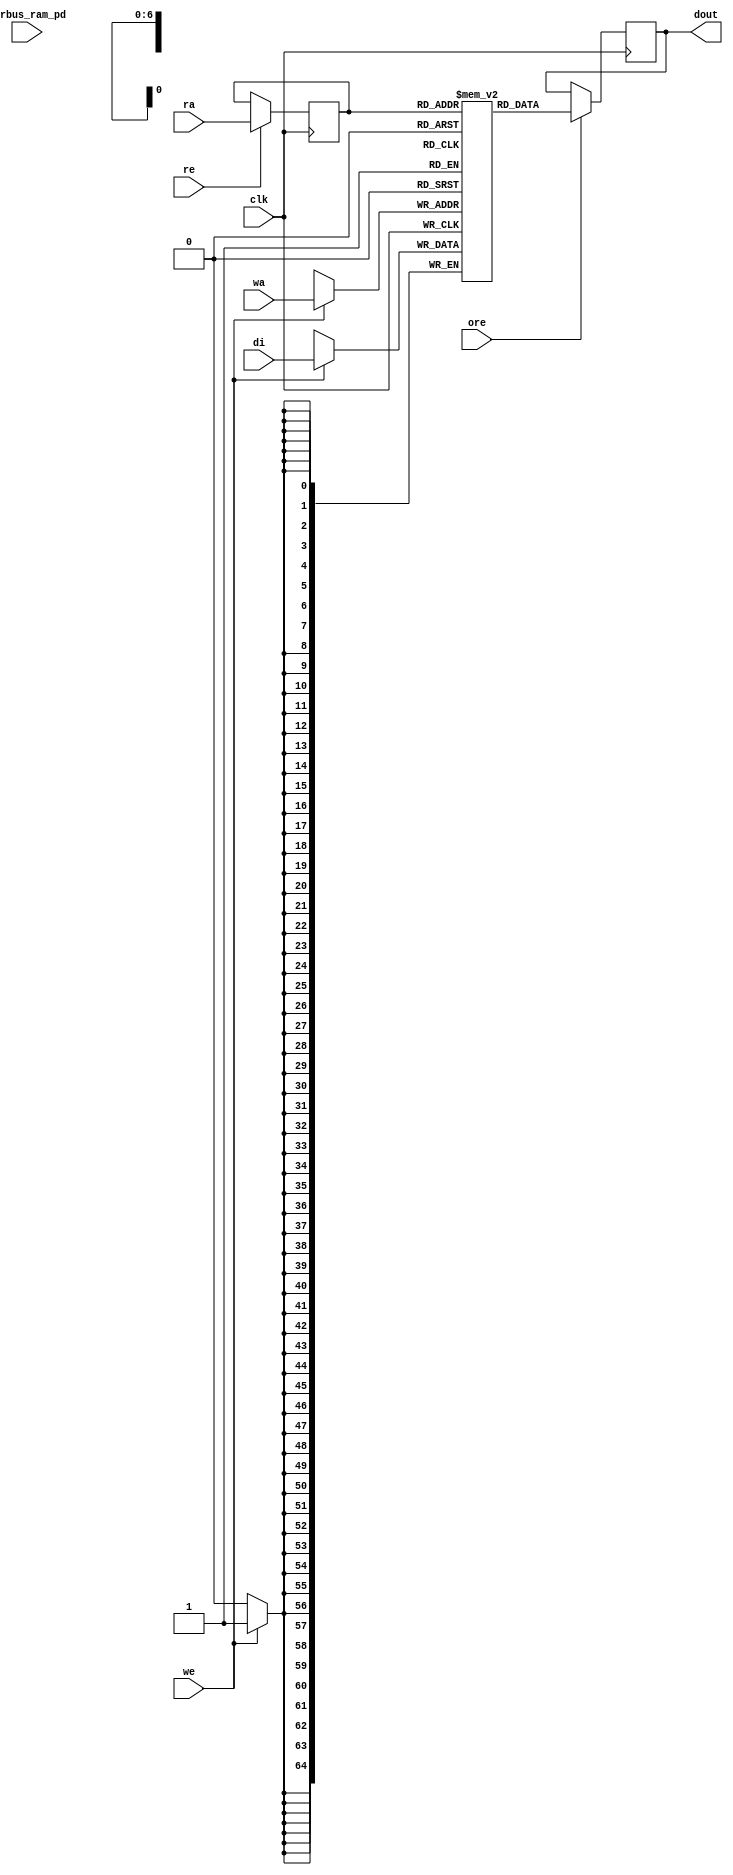
// ================================================================
// NVDLA Open Source Project
// 
// Copyright(c) 2016 - 2017 NVIDIA Corporation.  Licensed under the
// NVDLA Open Hardware License; Check "LICENSE" which comes with 
// this distribution for more information.
// ================================================================


module nv_ram_rwsp_80x65 ( 
		clk,
		ra,
		re,
		ore,
		dout,
		wa,
		we,
		di,
		pwrbus_ram_pd
);

parameter FORCE_CONTENTION_ASSERTION_RESET_ACTIVE=1'b0;

// port list
input			clk;
input	[6:0]	ra;
input			re;
input			ore;
output	[64:0]	dout;
input	[6:0]	wa;
input			we;
input	[64:0]	di;
input	[31:0]	pwrbus_ram_pd;

//reg and wire list
reg		[6:0]	ra_d;
wire	[64:0]	dout;
reg		[64:0]	M	[79:0];

always @( posedge clk ) begin
    if (we)
       M[wa] <= di;
end
 
always @( posedge clk ) begin
    if (re) 
       ra_d <= ra;
end

wire	[64:0]	dout_ram = M[ra_d];

reg		[64:0]	dout_r;
always @( posedge clk ) begin
   if (ore)
       dout_r <= dout_ram;
end

assign dout = dout_r;


endmodule